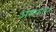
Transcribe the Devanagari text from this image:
असफलत